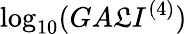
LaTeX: \log_{{10}}(GA\mathfrak{L}I^{{(4)}})